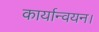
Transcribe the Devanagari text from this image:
कार्यान्‍वयन।